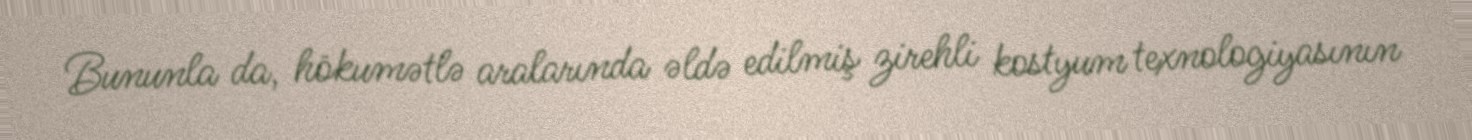
Bununla da, hökumətlə aralarında əldə edilmiş zirehli kostyum texnologiyasının